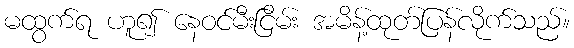
မထွက်ရ ဟူ၍ နေဝင်မီးငြိမ်း အမိန့်ထုတ်ပြန်လိုက်သည်။